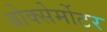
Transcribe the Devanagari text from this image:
बोक्सेर्मोटर